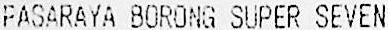
PASARAYA BORONG SUPER SEVEN